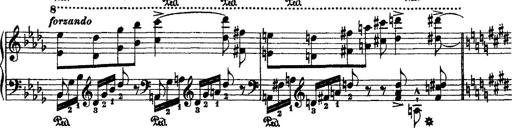
Title: 2 KonzertetÃ¼den
Composer: Franz Liszt